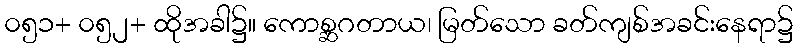
၀၅၁+ ၀၅၂+ ထိုအခါ၌။ ကောစ္ဆဂတာယ၊ မြတ်သော ခတ်ကျစ်အခင်းနေရာ၌